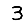
Digit: 3